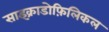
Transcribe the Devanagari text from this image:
साइक्राडोफ़िलिकल